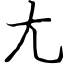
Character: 尢